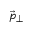
\vec { p } _ { \perp }